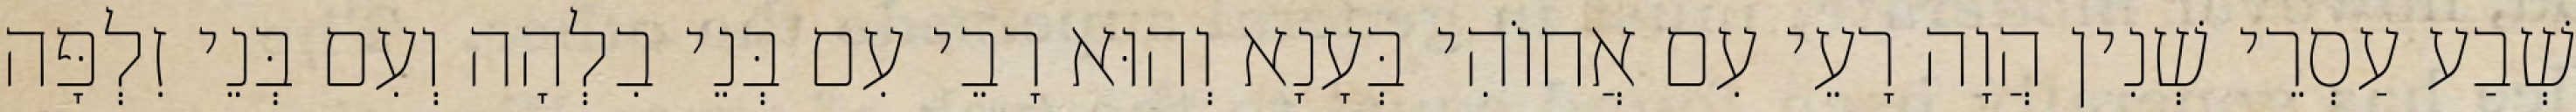
שְׁבַע עַסְרֵי שְׁנִין הֲוָה רָעֵי עִם אֲחוֹהִי בְּעָנָא וְהוּא רָבֵי עִם בְּנֵי בִלְהָה וְעִם בְּנֵי זִלְפָּה